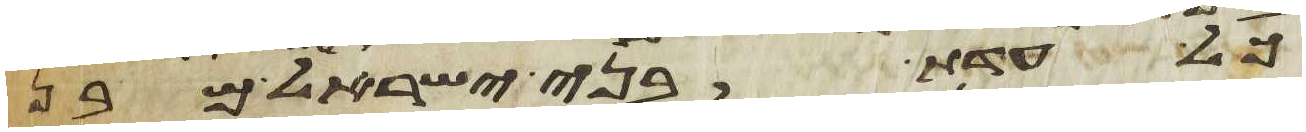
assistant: כל עדת בני ישראל מבן